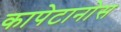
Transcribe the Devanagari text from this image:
कापेटानोस